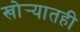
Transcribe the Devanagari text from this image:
खोर्‍यातही